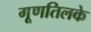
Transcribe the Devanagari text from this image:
गूणतिलके